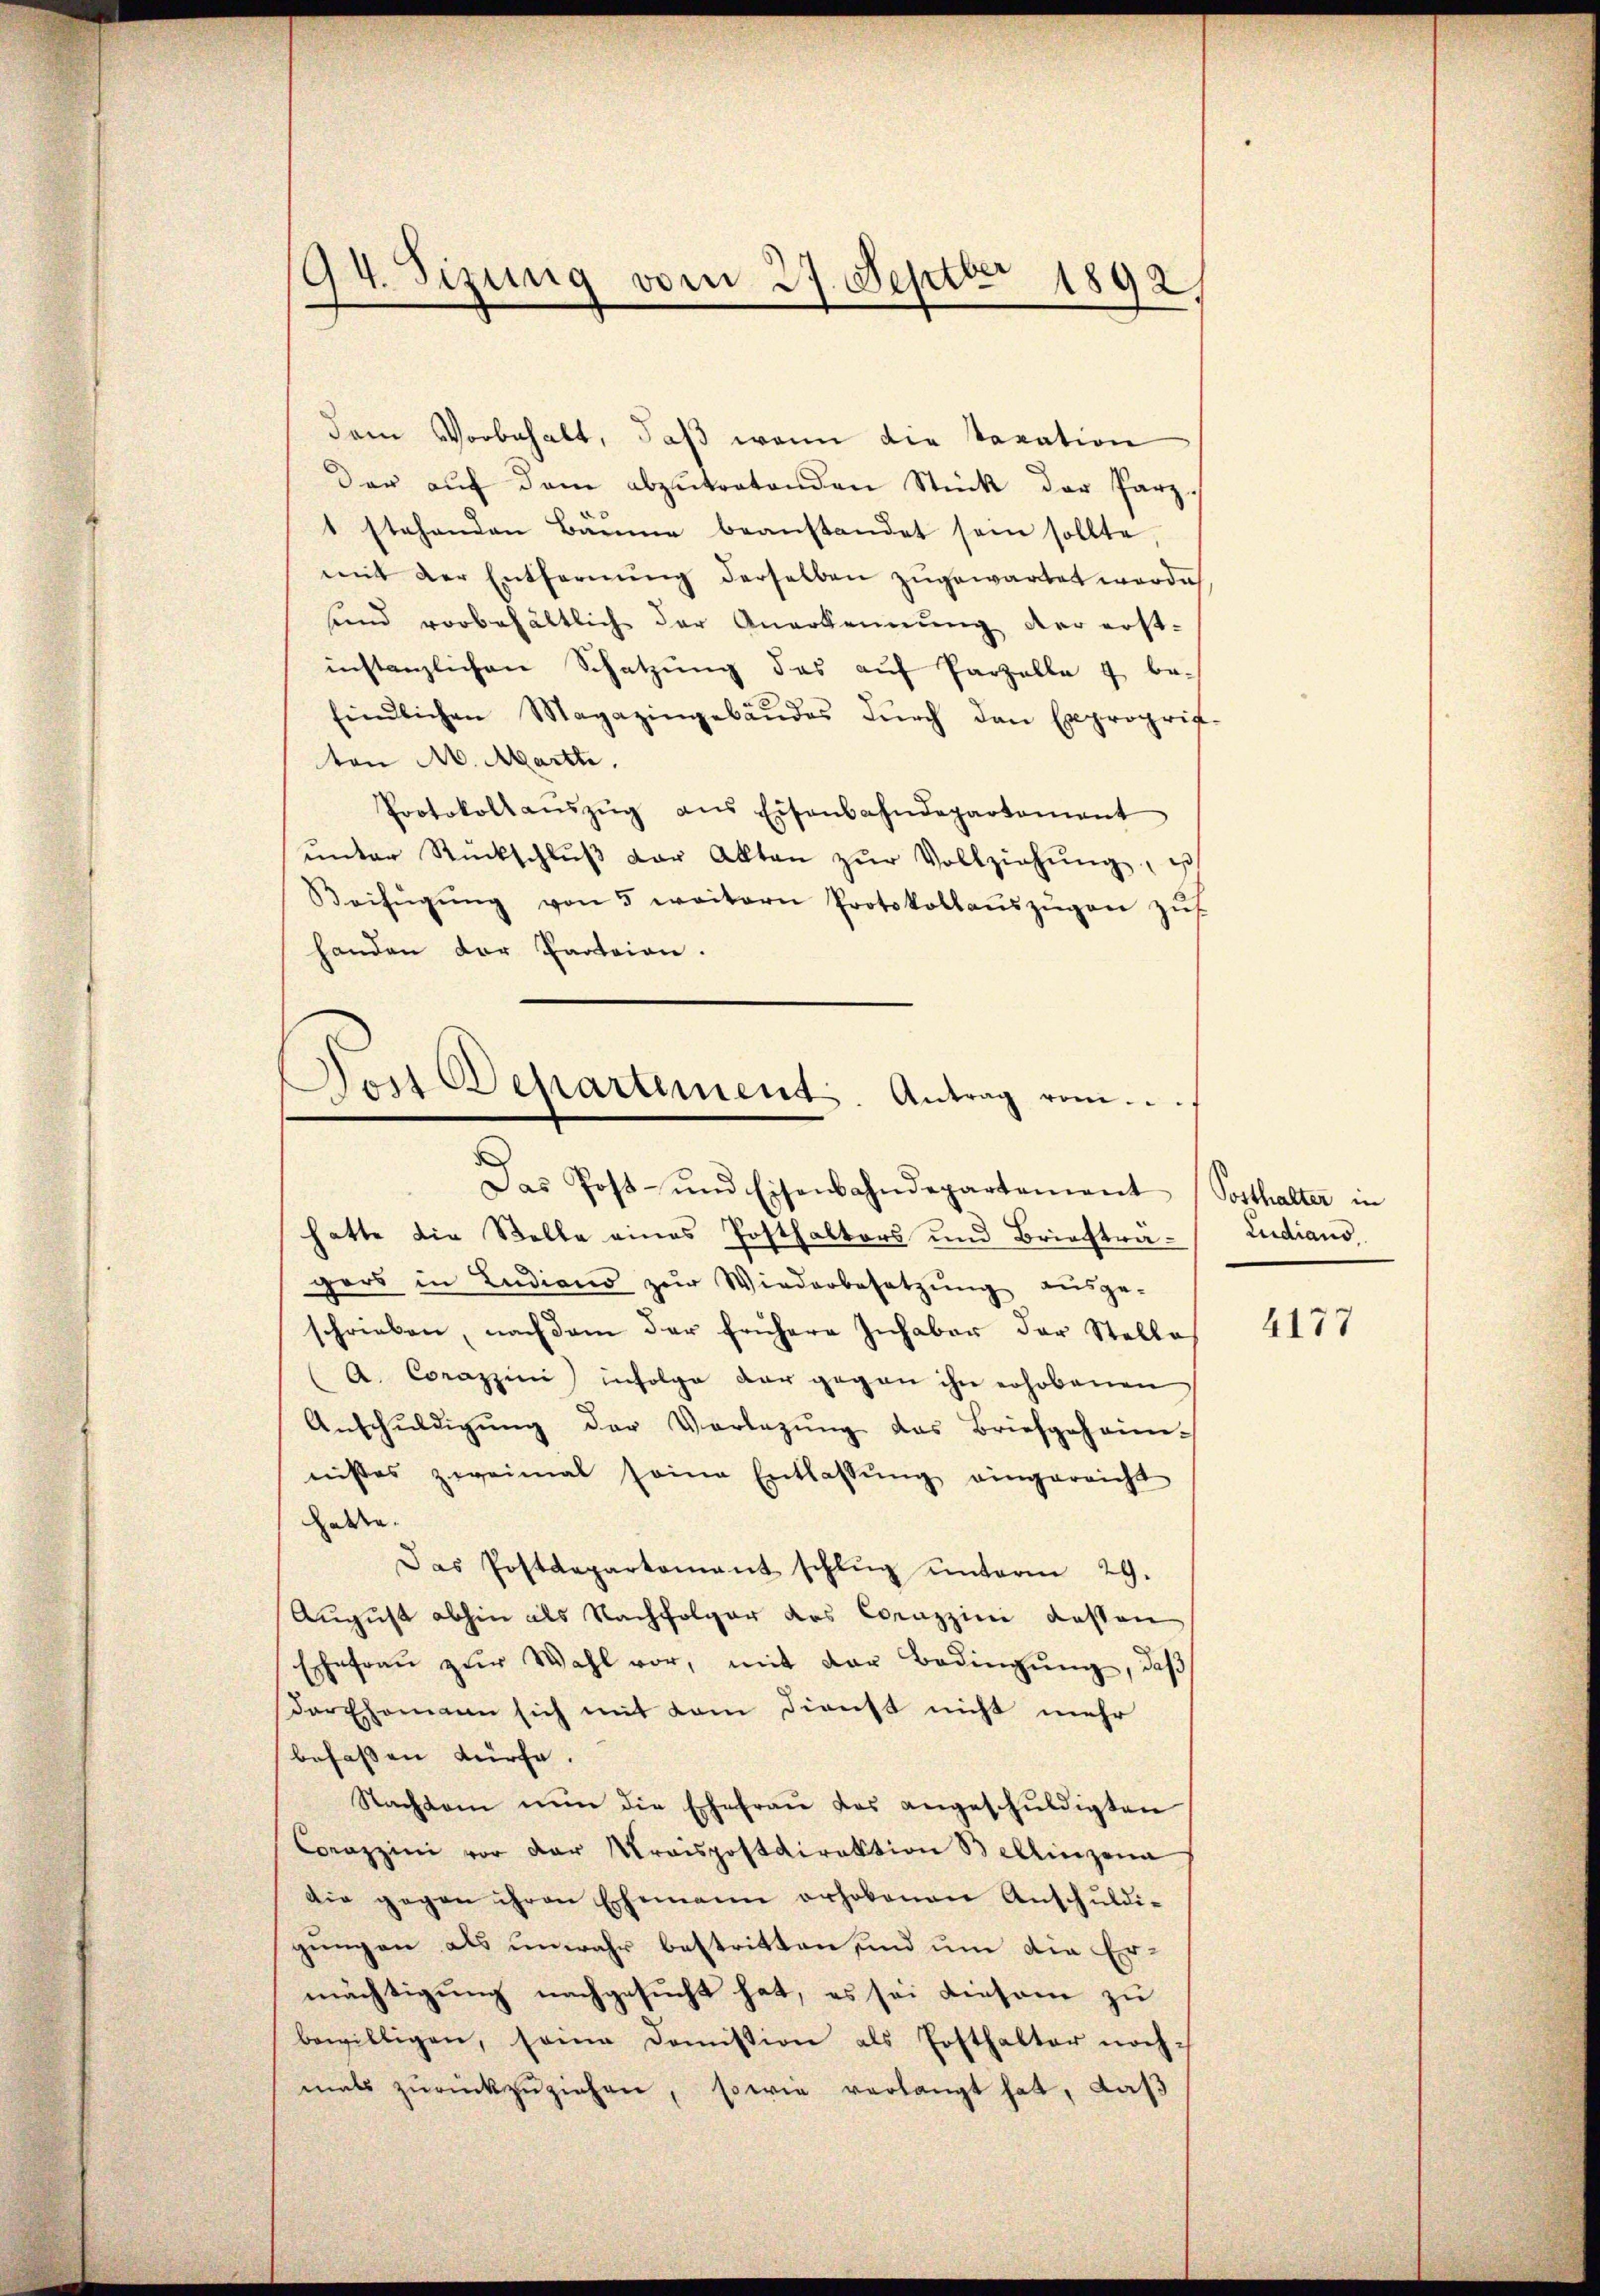
94. Sizung vom 27. Septbr 1892.

dem Vorbehalt, daβ wenn die Taxation
der aŭf dem abzŭtretenden Stück der Parz.
1 stehenden Bäume beanstandet sein sollte
mit der Entfernŭng derselben zugewartet worde
sind vorbehältlich der Anerkennung der erst-
instanzlichen Schatzŭng des aŭf Parzelle 4 be-
findlichen Magazingebäŭdes dŭrch den Exproprif-
ton M. Marth.
Protokollaŭszŭg ans Eisenbahndepartement
ŭnter Rückschlŭβ der Akten zŭr Vollziehŭng, es
Beifügŭng von 5 weitern Protokollaŭszŭgen zŭs
handen der Parteien.
Von Departement Antrag vom

Das Post- und Eisenbahndepartement (Sotthalter in
hatte die Stelle eines Posthaltors und Brieftragers in Ludiano zŭr Wiederbesetzŭng aŭsge-
schrieben, nach dem der frühere Inhaber der Stelle
(A. Corazzini infolge dar gegen ihn erhobenen
Anschŭldigŭng der Vorlegŭng das Briefgeheim-
nistes zweimal seine Entlassŭng eingereicht
Laden.
Das Postdepartament schlŭg ŭnterm 29.
August abhin als Nachfolger des Corazzini dassen
Ehefraŭ zŭr Wahl vor, mit der Bedingŭng, daβ
der Ehemann sich mit dem Dienst nicht mehr
befassen dürfe.
Nachdem nŭn die Ehefraŭ des angeschŭldigten
Corazzini vor der Kraispostdirektion Bellinzona
die gegen ihren Ehemann erhobenen Anschŭldi-
gungen als unwahr bestritten sind um die Ermächtigung nachgesucht hat, es sei diesem zu
bewilligen, seine Domission als Posthalter nochmals zŭrückzŭziehen, sowie verlangt hat, daβ

Ludiano

4177